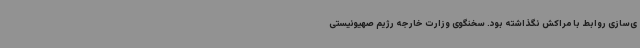
ی‌سازی روابط با مراکش نگذاشته بود. سخنگوی وزارت خارجه رژیم صهیونیستی